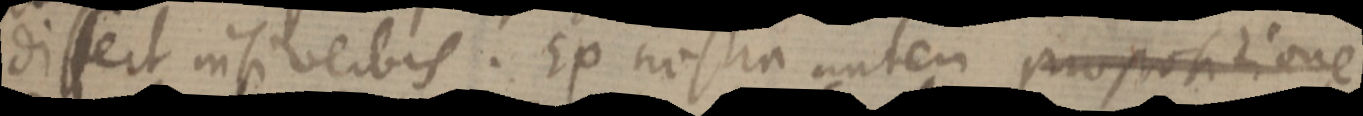
dissert nisi verbis. Ex nostra autem proportione